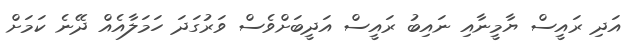
އަދި ރައީސް ޔާމީނާއި ނައިބު ރައީސް އަދީބަށްވެސް ވަރުގަދަ ހަމަލާއެއް ދޭނެ ކަމަށް